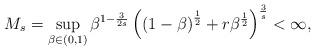
LaTeX: \begin{align*}M_s=\sup_{\beta\in(0,1)} \beta^{1-\frac{3}{2s}}\left( \left(1-\beta\right)^{\frac{1}{2}} + r\beta^{\frac{1}{2}} \right)^{\frac{3}{s}} < \infty,\end{align*}